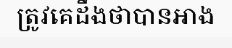
ត្រូវគេដឹងថាបានអាង